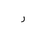
Letter: _ra